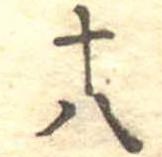
十八